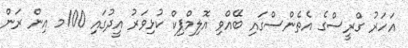
އަހަރު ގްރީސްގެ އެތެންސްގައި ބޭއްވި އޮލިމްޕިކް ކުޅިވަރު އީދުގައި 100މ އިން ރަން